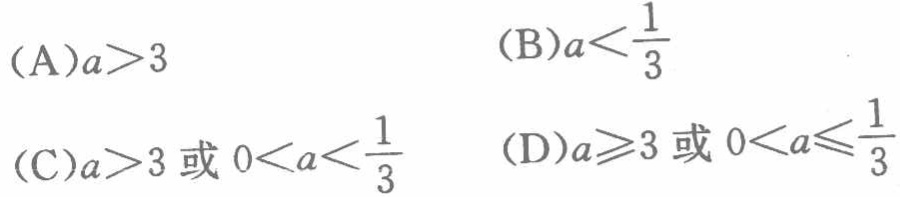
(A)$a>3$

(B)$a<\frac{1}{3}$

(C)$a>3$或$0 < a < \frac{1}{3}$

(D)$a\geqslant3$或$0 < a \leqslant\frac{1}{3}$